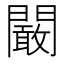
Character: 闞